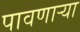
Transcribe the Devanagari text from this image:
पावणार्‍या